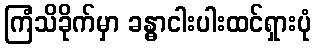
ကြံသိခိုက်မှာ ခန္ဓာငါးပါးထင်ရှားပုံ